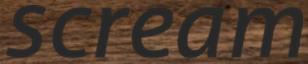
scream